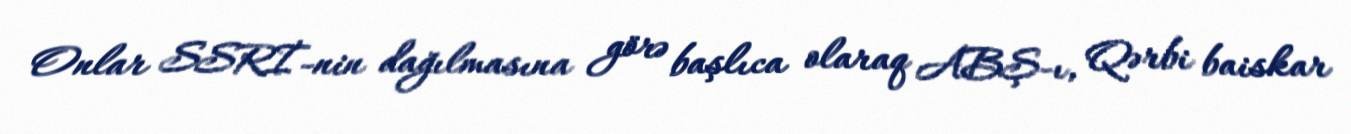
Onlar SSRİ-nin dağılmasına görə başlıca olaraq ABŞ-ı, Qərbi baiskar